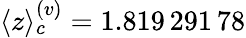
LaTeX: \langle z\rangle_{c}^{(v)}=1.819\, 291\, 78